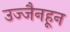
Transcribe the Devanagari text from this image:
उज्जैनहून